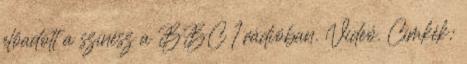
előadott a színész a BBC 1 rádióban. Videó. Címkék: